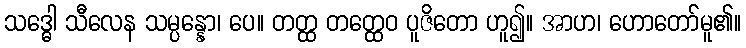
သဒ္ဓေါ သီလေန သမ္ပန္နော၊ ပေ။ တတ္ထ တတ္ထေဝ ပူဇိတော ဟူ၍။ အာဟ၊ ဟောတော်မူ၏။